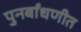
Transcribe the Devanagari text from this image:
पुनर्बांधणीत